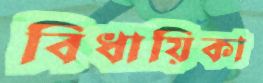
বিধায়িকা